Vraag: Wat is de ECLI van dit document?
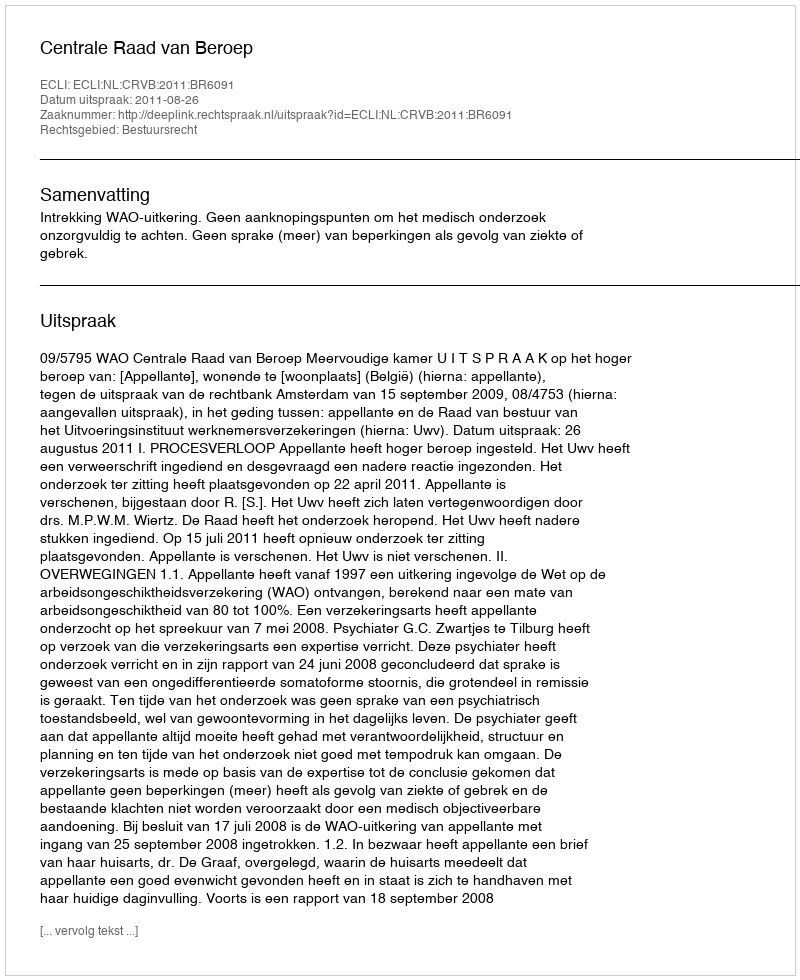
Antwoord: ECLI:NL:CRVB:2011:BR6091